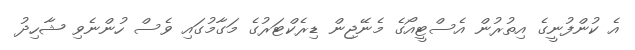
އެ ކުންފުނީގެ އިތުރުން އެސްޓީއޯގެ މެނޭޖިން ޑިރެކްޓަރުގެ މަގާމުގައި ވެސް ހުންނެވި ޝާހިދު